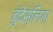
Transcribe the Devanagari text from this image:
बुंदेस्लिगा